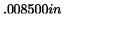
\setlength { \unitlength } { 0 . 0 0 8 5 0 0 i n }